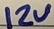
Text: 12V